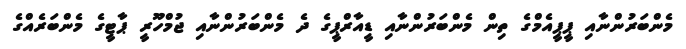
މެންބަރުންނާއި ޕީޕީއެމްގެ ތިން މެންބަރުންނާއި ޑީއާރްޕީގެ ދެ މެންބަރުންނާއި ޖުމްހޫރީ ޕާޓީގެ މެންބަރެއްގެ